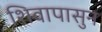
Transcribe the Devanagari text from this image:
शिवापासुन